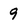
Character: 9